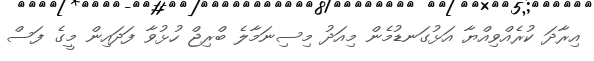
އިރާދަ ކުރެއްވިއްޔާ އަޅުގަނޑުމެން މިއަދު މިސިނަމާލެ ބްރިޖް ހުޅުވާ ފަދައިން މީގެ ފަސް